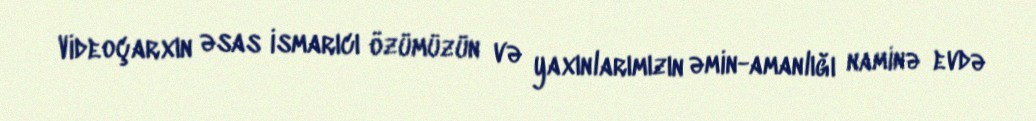
Videoçarxın əsas ismarıcı özümüzün və yaxınlarımızın əmin-amanlığı naminə evdə